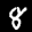
Label: 8